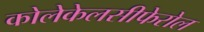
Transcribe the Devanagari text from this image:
कोलेकेलसीफेरोल